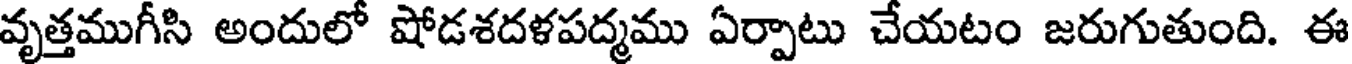
వృత్తముగీసి అందులో షోడశదళపద్మము ఏర్పాటు చేయటం జరుగుతుంది. ఈ